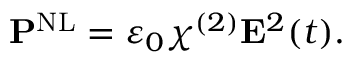
\mathbf { P } ^ { \mathrm { N L } } = \varepsilon _ { 0 } \chi ^ { ( 2 ) } \mathbf { E } ^ { 2 } ( t ) .